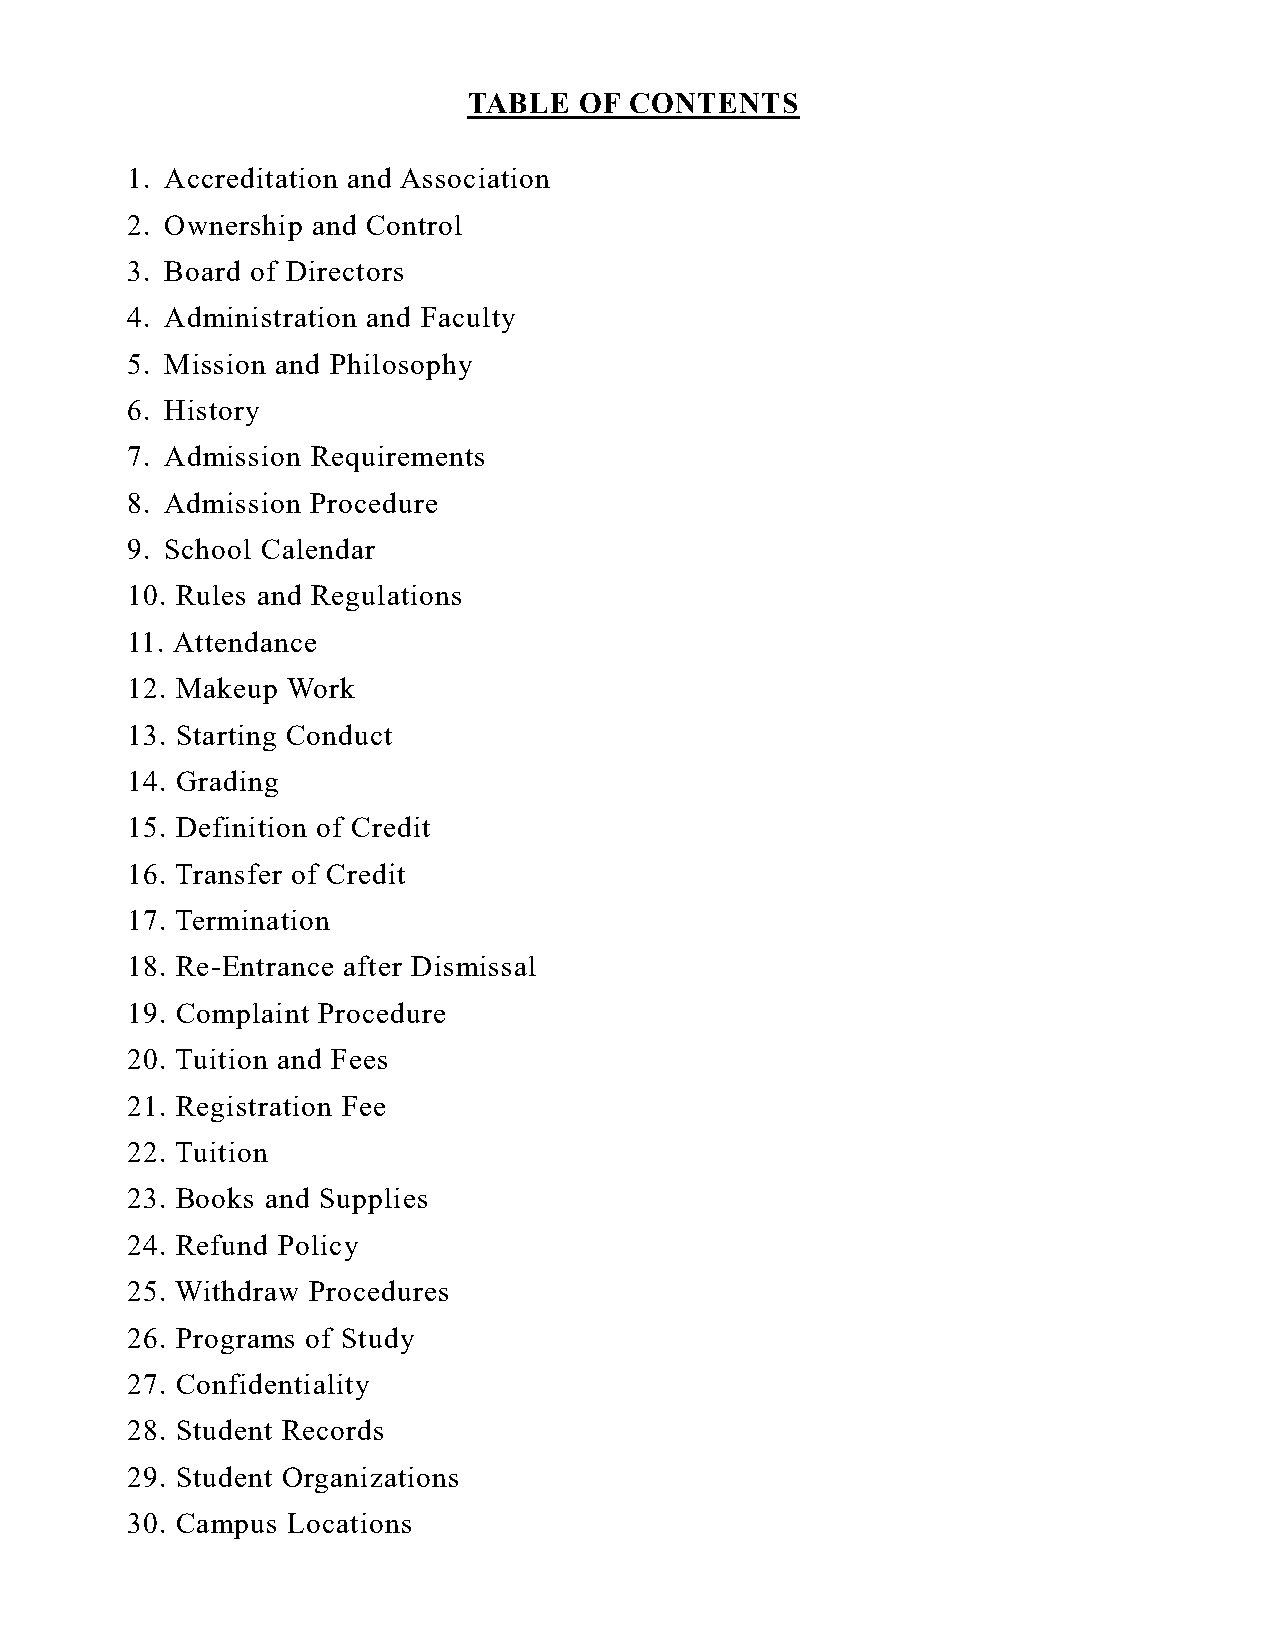
TABLE  OF  CONTENTS
 1. Accreditation and Association
 2. Ownership and Control
 3. Board of Directors
 4. Administration and Faculty
 5. Mission and Philosophy
 6. History
 7. Admission Requirements
 8. Admission Procedure
 9. School Calendar
 10. Rules and Regulations
 11. Attendance
 12. Makeup Work
 13. Starting Conduct
 14. Grading
 15. Definition of Credit
 16. Transfer of Credit
 17. Termination
 18. Re-Entrance after Dismissal
 19. Complaint Procedure
 20. Tuition and Fees
 21. Registration Fee
 22. Tuition
 23. Books and Supplies
 24. Refund Policy
 25. Withdraw Procedures
 26. Programs of Study
 27. Confidentiality
 28. Student Records
 29. Student Organizations
 30. Campus Locations